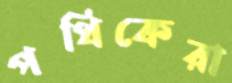
পথিকেরা